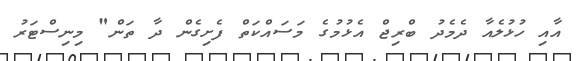
އާއި ހުޅުލެއާ ދެމެދު ބްރިޖް އެޅުމުގެ މަސައްކަތް ފެށިގެން ދާ ތަން" މިނިސްޓަރު